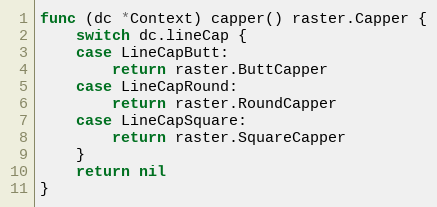
Language: Go
func (dc *Context) capper() raster.Capper {
	switch dc.lineCap {
	case LineCapButt:
		return raster.ButtCapper
	case LineCapRound:
		return raster.RoundCapper
	case LineCapSquare:
		return raster.SquareCapper
	}
	return nil
}